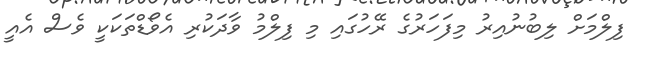
ފިލްމަށް ލިބުނުއިރު މިފަހަރުގެ ރޭހުގައި މި ފިލްމު ވާދަކުރި އެވޯޑްތަކަކީ ވެސް އެއީ